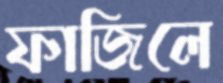
ফাজিলে